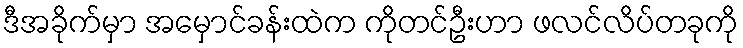
ဒီအခိုက်မှာ အမှောင်ခန်းထဲက ကိုတင်ဦးဟာ ဖလင်လိပ်တခုကို